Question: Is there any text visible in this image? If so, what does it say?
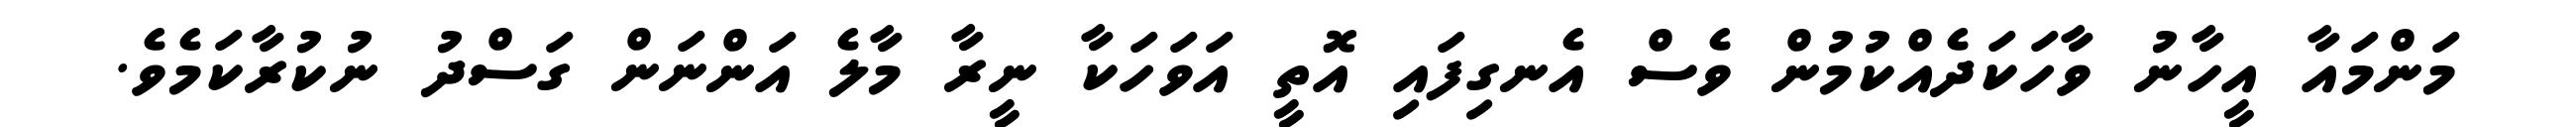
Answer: މަންމައާ އީހާނު ވާހަކަދެއްކުމުން ވެސް އެނގިފައި އޮތީ އަވަހަކާ ނީރާ މާލެ އަންނަން ގަސްދު ނުކުރާކަމެވެ.